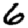
Digit: 6